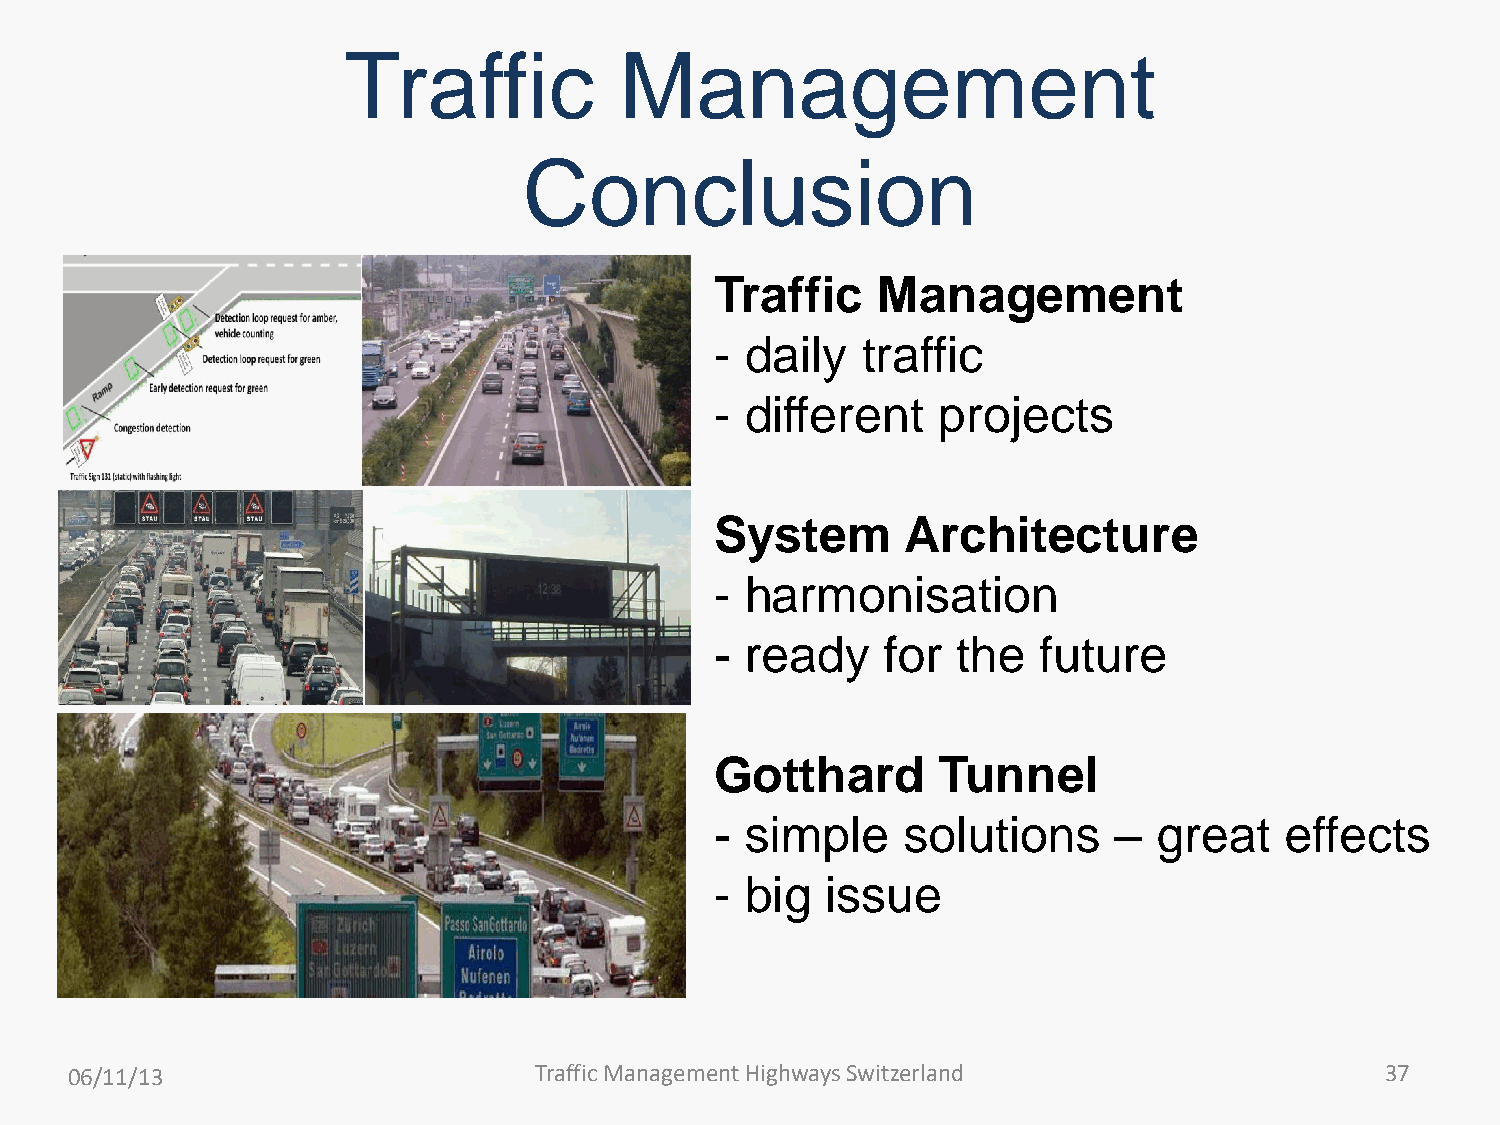
Traffic           Management
 Conclusion
 Traffic    Management
 - daily   traffic
 - different    projects
 System       Architecture
 - harmonisation
 - ready     for the   future
 Gotthard       Tunnel
 - simple     solutions     –  great   effects
 - big   issue
 06/11/13                      Traffic Management Highways Switzerland                  37